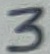
Text: 3